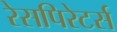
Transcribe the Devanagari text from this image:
रेसपिरेटर्स